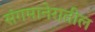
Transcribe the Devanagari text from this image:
संगमानेरातील